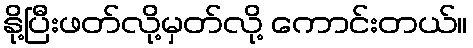
နို့ပြီးဖတ်လို့မှတ်လို့ ကောင်းတယ်။